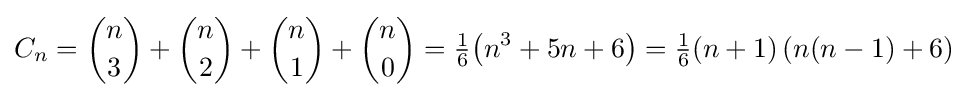
C_{n}={n \choose 3}+{n \choose 2}+{n \choose 1}+{n \choose 0}={\tfrac {1}{6}}\!\left(n^{3}+5n+6\right)={\tfrac {1}{6}}(n+1)\left(n(n-1)+6\right)